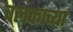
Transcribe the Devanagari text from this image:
चलकाच्या